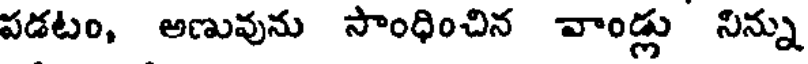
పడటం, అణువును సాంధించిన వాండ్లు నిన్ను